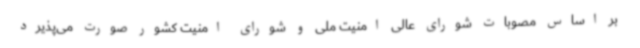
بر اساس مصوبات شورای عالی امنیت ملی و شورای امنیت کشور صورت می‌پذیرد